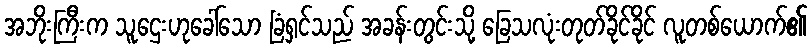
အဘိုးကြီးက သူဌေးဟုခေါ်သော ခြံရှင်သည် အခန်းတွင်းသို့ ခြေသလုံးတုတ်ခိုင်ခိုင် လူတစ်ယောက်၏